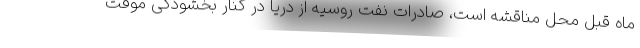
ماه قبل محل مناقشه است، صادرات نفت روسیه از دریا در کنار بخشودگی موقت